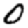
Digit: 0